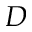
D